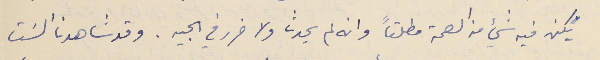
يَكن فيه شيء من الصحة مطلقاً وانه لم يحدث ولا ضرر في الجيه. وقد شاهدنا السَت